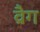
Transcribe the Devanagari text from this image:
व्रैग